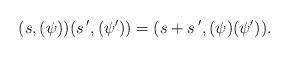
LaTeX: \begin{align*}(s,(\psi))(s\,',(\psi'))=(s+s\,',(\psi)(\psi')).\end{align*}